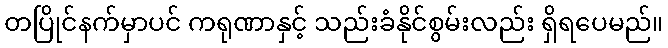
တပြိုင်နက်မှာပင် ကရုဏာနှင့် သည်းခံနိုင်စွမ်းလည်း ရှိရပေမည်။